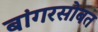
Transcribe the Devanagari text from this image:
बांगरसोबत